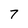
Character: 7